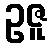
ဥဇူ